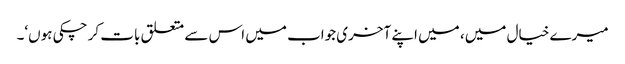
میرے خیال میں، میں اپنے آخری جواب میں اس سے متعلق بات کر چکی ہوں‘۔